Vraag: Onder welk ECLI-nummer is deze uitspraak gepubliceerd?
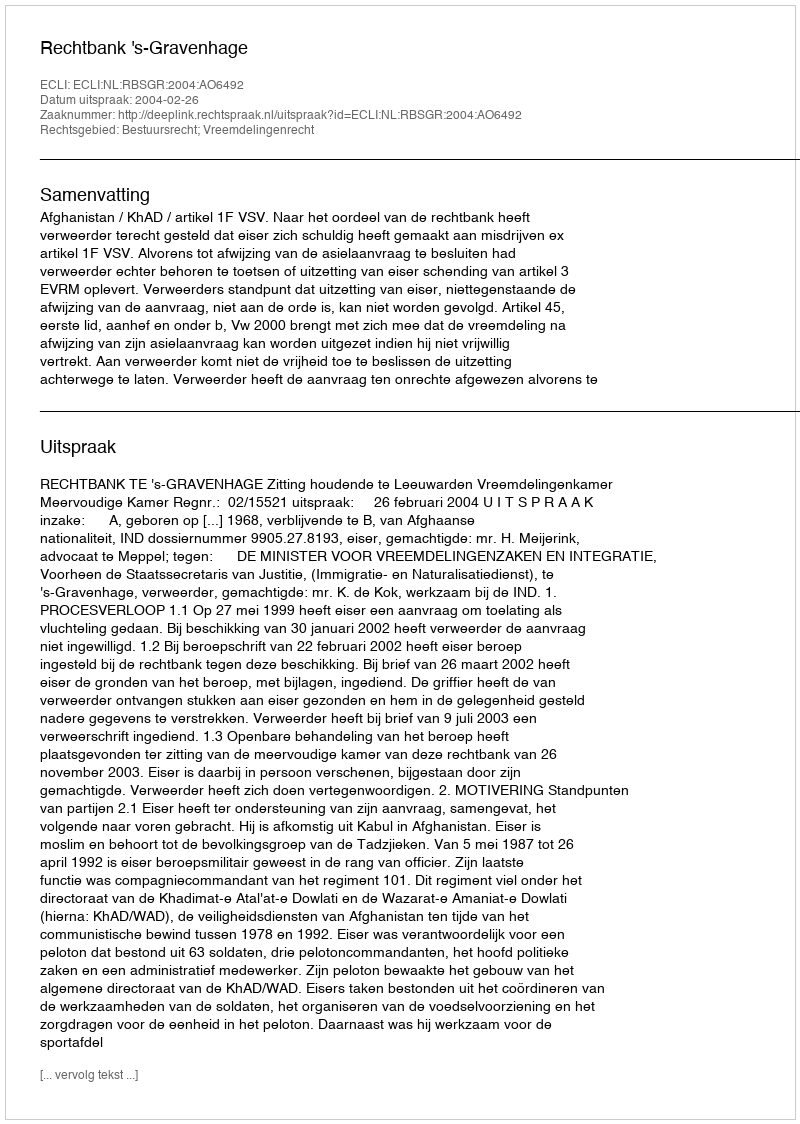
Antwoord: ECLI:NL:RBSGR:2004:AO6492